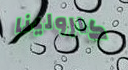
كارولينا